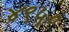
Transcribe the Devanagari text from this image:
४९५०